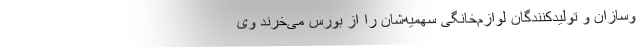
وسازان و تولیدکنندگان لوازم‌خانگی سهمیه‌شان را از بورس می‌خرند وی